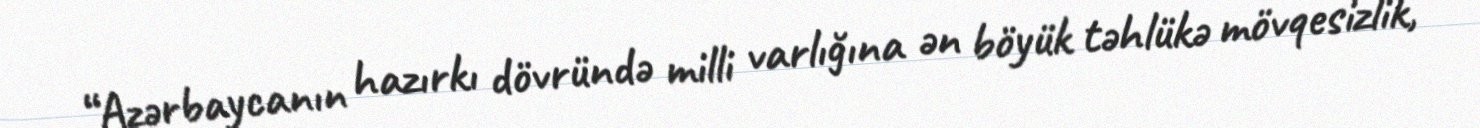
“Azərbaycanın hazırkı dövründə milli varlığına ən böyük təhlükə mövqesizlik,